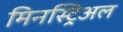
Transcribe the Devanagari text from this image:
मिनस्ट्रिअल